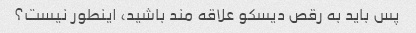
پس باید به رقص دیسکو علاقه مند باشید، اینطور نیست؟